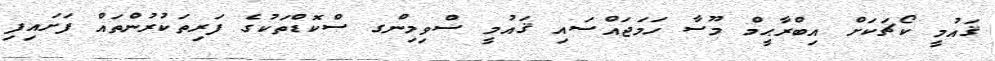
ޤައުމީ ކޯޗަކަށް އިބްރާޙީމް މޫސާ ހަމަޖައްސައި ޤައުމީ ސްވިމިންގ ސްކޮޑްތަކުގެ ފަރިތަކުރުންތައް ފަށައިފި